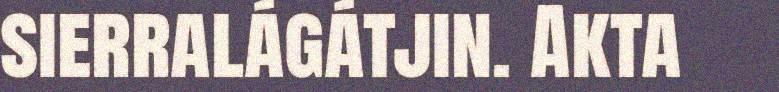
sierralágátjin. Akta